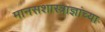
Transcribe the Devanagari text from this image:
मानसशास्त्राज्ञांच्या